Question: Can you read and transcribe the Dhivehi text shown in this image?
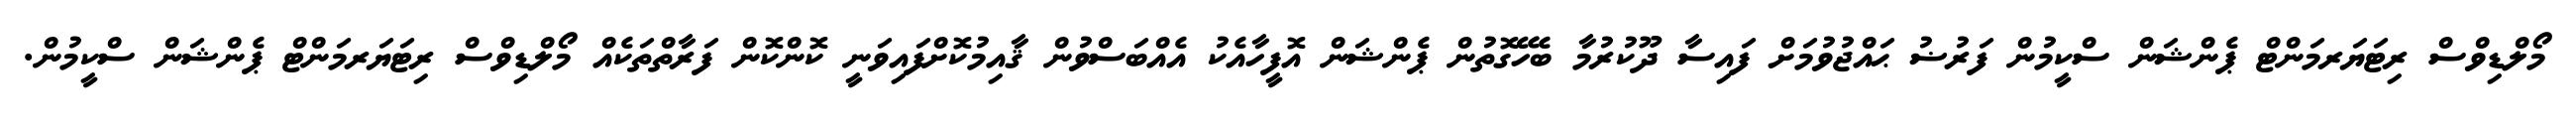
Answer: މޯލްޑިވްސް ރިޓަޔަރމަންޓް ޕެންޝަން ސްކީމުން ފަރުޟު ޙައްޖުވުމަށް ފައިސާ ދޫކުރުމާ ބެހޭގޮތުން ޕެންޝަން އޮފީހާއެކު އެއްބަސްވުން ޤާއިމުކޮށްފައިވަނީ ކޮންކޮން ފަރާތްތަކެއް މޯލްޑިވްސް ރިޓަޔަރމަންޓް ޕެންޝަން ސްކީމުން.